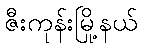
ဇီးကုန်းမြို့နယ်